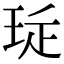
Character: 㻄